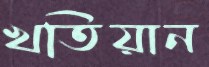
খতিয়ান